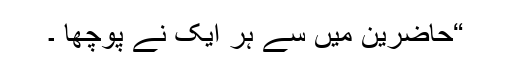
“حاضرین میں سے ہر ایک نے پوچھا ۔